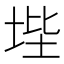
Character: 㙄